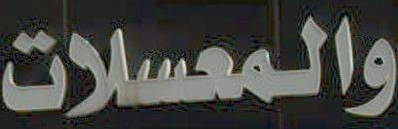
والمعسلات